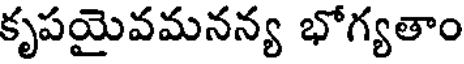
కృపయైవమనన్య భోగ్యతాం